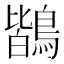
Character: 鶛